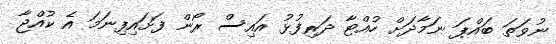
ނުވަތަ ބައްޕަ ނަމާދަށް ހުއްޓާ ދަރިފުޅު އައިސް ރޯން ފަށައިފިނަމަ އެ ކުއްޖާ